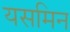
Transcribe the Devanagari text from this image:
यसमिन